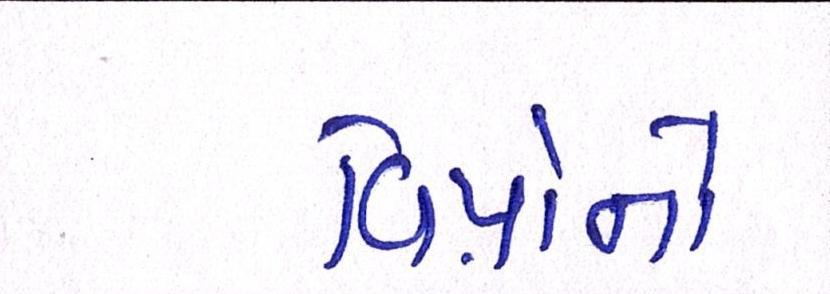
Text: વિપ્રોનો